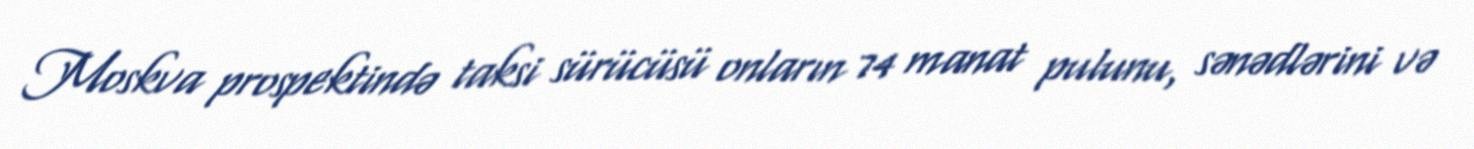
Moskva prospektində taksi sürücüsü onların 74 manat pulunu, sənədlərini və